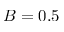
B = 0 . 5